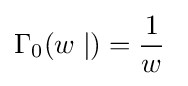
\Gamma _{0}(w\mid )={\frac {1}{w}}\